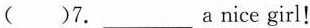
()7.___ a nice girl!